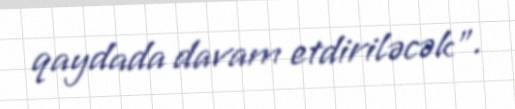
qaydada davam etdiriləcək”.